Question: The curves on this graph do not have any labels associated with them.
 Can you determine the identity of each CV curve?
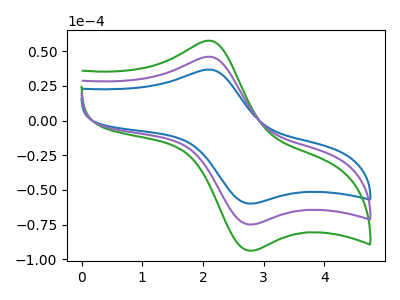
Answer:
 <answer>The blue curve does not have a label. The green curve does not have a label. The purple curve does not have a label.</answer>
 <eval></eval>